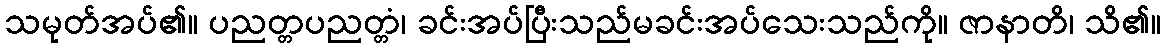
သမုတ်အပ်၏။ ပညတ္တပညတ္တံ၊ ခင်းအပ်ပြီးသည်မခင်းအပ်သေးသည်ကို။ ဇာနာတိ၊ သိ၏။